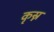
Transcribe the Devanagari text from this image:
कृस्न